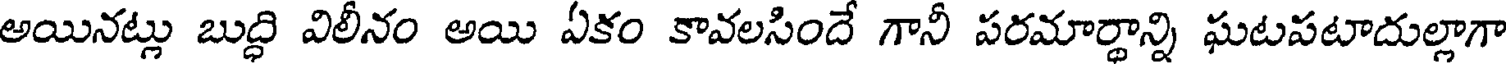
అయినట్లు బుద్ధి విలీనం అయి ఏకం కావలసిందే గానీ పరమార్థాన్ని ఘటపటాదుల్లాగా